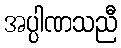
အပ္ပါဏသညီ